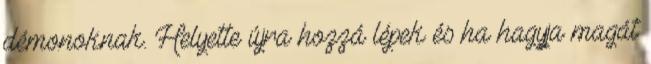
démonoknak. Helyette újra hozzá lépek és ha hagyja magát